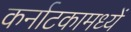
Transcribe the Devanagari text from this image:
कर्नाटकामध्यें